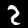
Label: 2